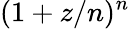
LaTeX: (1+z/n)^{n}